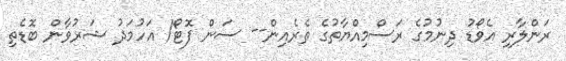
ރަންލާރި އެވޯޑު ދިނުމުގެ ރަސްމިއްޔާތުގެ ތެރެއިން-- ސަން ފޮޓޯ/ އަހުމަދު ޝަރުވާން ބޮޑެތި